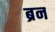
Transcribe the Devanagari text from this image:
ब्रन